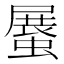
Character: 𧎰